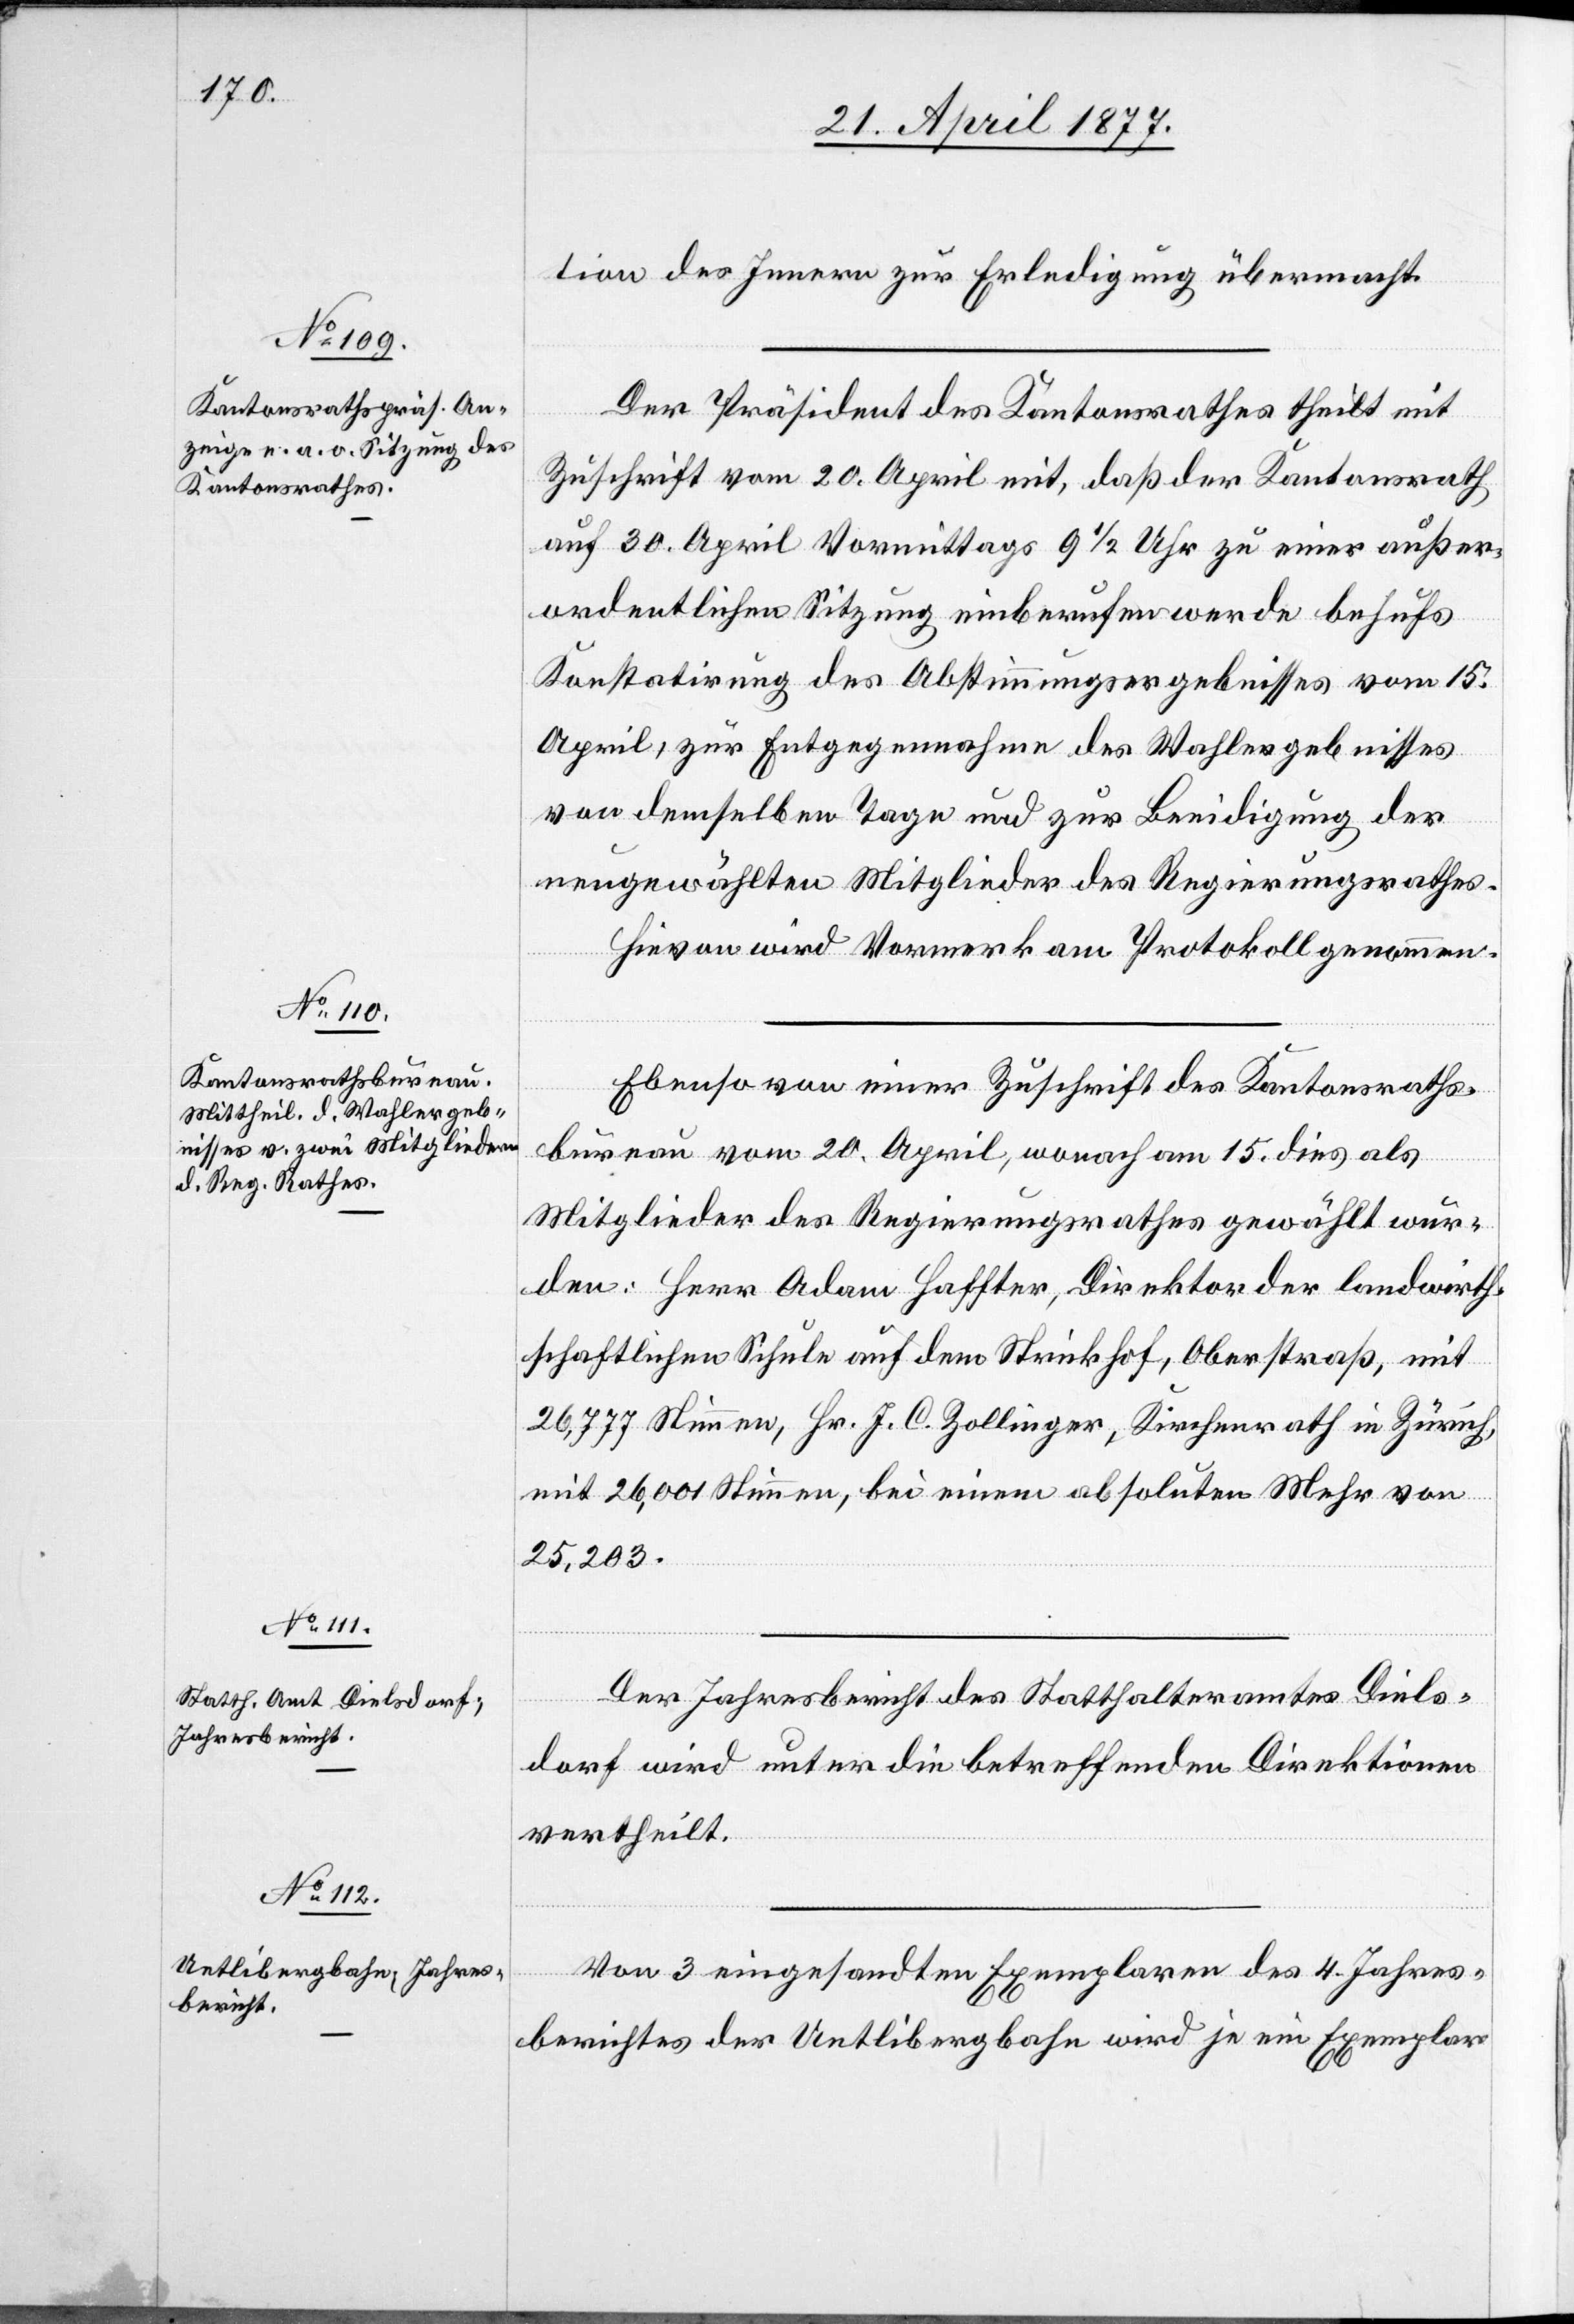
tion des Innern zur Erledigung übermacht.
Der Präsident des Kantonsrathes theilt mit
Zuschrift vom 20. April mit, daß der Kantonsrath
auf 30. April Vormittags 9 1/2 Uhr zu einer außer¬
ordentlichen Sitzung einberufen werde behufs
Konstatirung des Abstimmungsergebnisses vom 15.
April, zur Entgegennahme des Wahlergebnisses
von demselben Tage und zur Beeidigung der
neugewählten Mitglieder des Regierungsrathes.
Hievon wird Vormerk am Protokoll genommen.
Ebenso von einer Zuschrift des Kantonsraths¬
bureau vom 20. April, wonach am 15. dies als
Mitglieder des Regierungsrathes gewählt wur¬
den: Herr Adam Haffter, Direktor der landwirth¬
schaftlichen Schule auf dem Strickhof, Oberstraß, mit
26,777 Stimmen, Hr. J. C. Zollinger, Kirchenrath in Zürich,
mit 26,001 Stimmen, bei einem absoluten Mehr von
25,203.
Der Jahresbericht des Statthalteramtes Diels¬
dorf wird unter die betreffenden Direktionen
vertheilt.
Von 3 eingesandten Exemplaren des 4. Jahres¬
berichtes der Uetlibergbahn wird je ein Exemplar